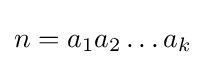
n=a_{1}a_{2}\ldots a_{k}